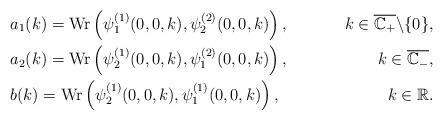
LaTeX: \begin{align*} &a_1(k)=\textnormal{Wr}\left(\psi_1^{(1)}(0,0,k),\psi_2^{(2)}(0,0,k)\right), &k\in\overline{\mathbb{C}_+}\backslash\{0\}, \\ &a_2(k)=\textnormal{Wr}\left(\psi_2^{(1)}(0,0,k),\psi_1^{(2)}(0,0,k)\right), &k\in\overline{\mathbb{C}_{-}}, \\ &b(k)=\textnormal{Wr}\left(\psi_2^{(1)}(0,0,k),\psi_1^{(1)}(0,0,k)\right), &k\in\mathbb{R}. \end{align*}